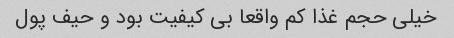
خیلی حجم غذا کم واقعا بی کیفیت بود و حیف پول